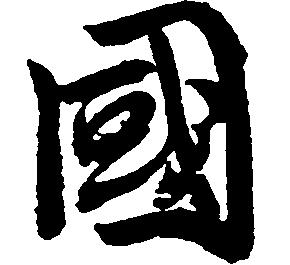
国